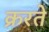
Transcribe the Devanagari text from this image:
क्ररते